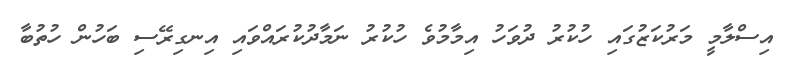
އިސްލާމީ މަރުކަޒުގައި ހުކުރު ދުވަހު އިމާމުވެ ހުކުރު ނަމާދުކުރައްވައި އިނގިރޭސި ބަހުން ހުތުބާ